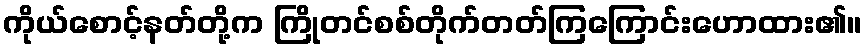
ကိုယ်စောင့်နတ်တို့က ကြိုတင်စစ်တိုက်တတ်ကြကြောင်းဟောထား၏။